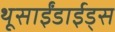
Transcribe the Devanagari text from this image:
थूसाईंडाईड्स